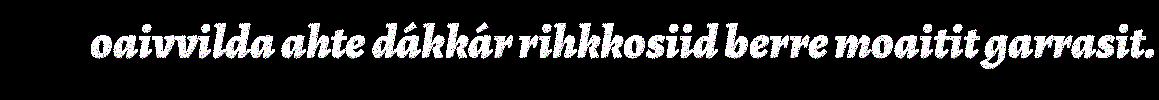
oaivvilda ahte dákkár rihkkosiid berre moaitit garrasit.